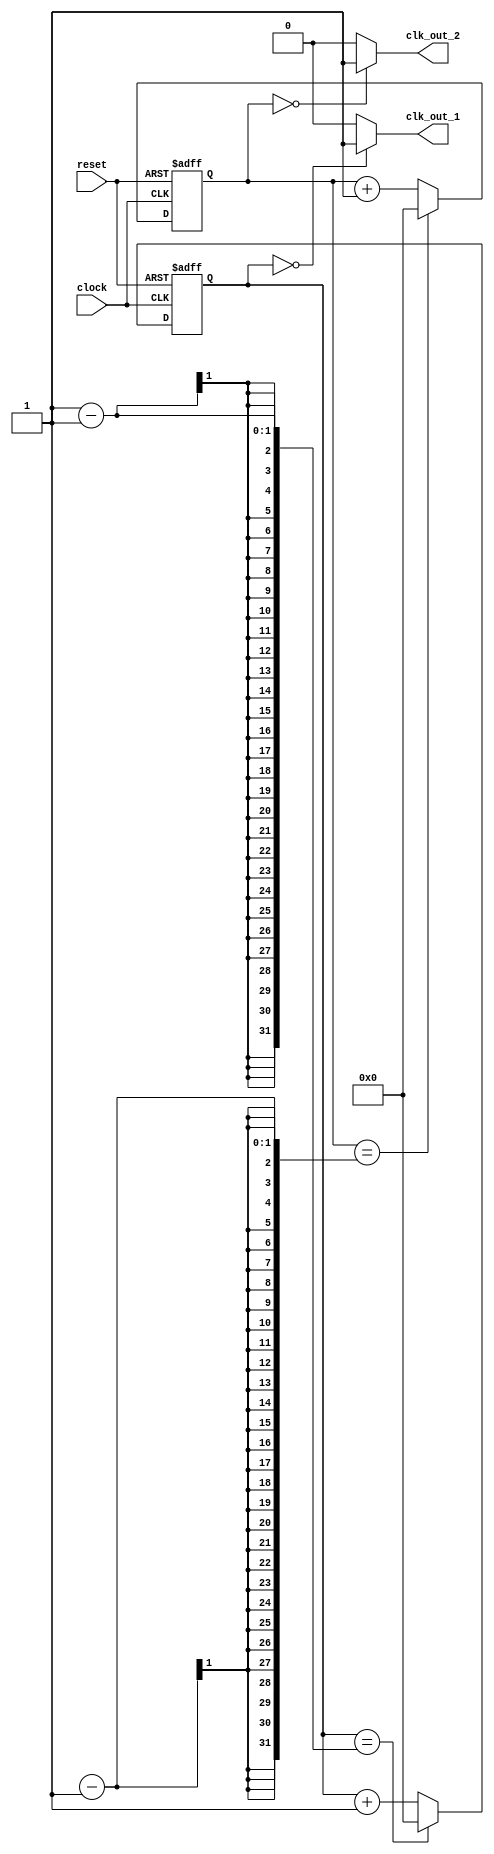
module DualModulusClockDivider(
    input wire clock,
    input wire reset,
    output wire clk_out_1,
    output wire clk_out_2
);

reg [7:0] counter1;
reg [7:0] counter2;

always @(posedge clock or posedge reset) begin
    if (reset)
        counter1 <= 8'b0;
    else if (counter1 == (preset_modulus_value1 - 1))
        counter1 <= 8'b0;
    else
        counter1 <= counter1 + 1;
end

always @(posedge clock or posedge reset) begin
    if (reset)
        counter2 <= 8'b0;
    else if (counter2 == (preset_modulus_value2 - 1))
        counter2 <= 8'b0;
    else
        counter2 <= counter2 + 1;
end

assign clk_out_1 = (counter1 == 0) ? 1'b1 : 1'b0;
assign clk_out_2 = (counter2 == 0) ? 1'b1 : 1'b0;

endmodule